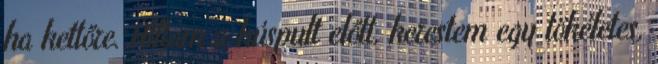
ha kettőre. Álltam a húspult előtt, kerestem egy tökéletes,